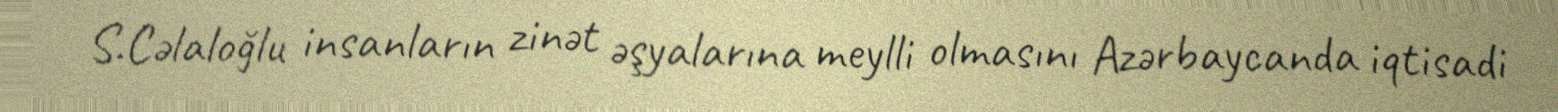
S.Cəlaloğlu insanların zinət əşyalarına meylli olmasını Azərbaycanda iqtisadi